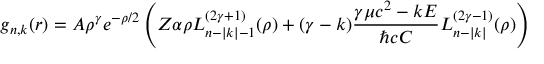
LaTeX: g _ { n , k } ( r ) = A \rho ^ { \gamma } e ^ { - \rho / 2 } \left( Z \alpha \rho L _ { n - | k | - 1 } ^ { ( 2 \gamma + 1 ) } ( \rho ) + ( \gamma - k ) { \frac { \gamma \mu c ^ { 2 } - k E } { \hbar c C } } L _ { n - | k | } ^ { ( 2 \gamma - 1 ) } ( \rho ) \right)